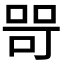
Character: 𭈑